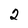
Character: 2